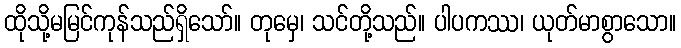
ထိုသို့မမြင်ကုန်သည်ရှိသော်။ တုမှေ၊ သင်တို့သည်။ ပါပကဿ၊ ယုတ်မာစွာသော။